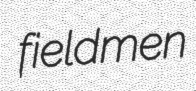
fieldmen